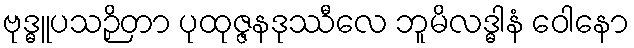
ဗုဒ္ဓူပသဉှိတာ ပုထုဇ္ဇနဒုဿီလေ ဘူမိလဒ္ဓါနံ ဝေါနော